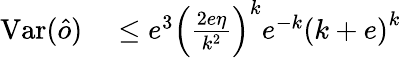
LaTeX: \begin{array}{rl}{\mathrm{Var}(\hat{o})}&{{}\leq e^{3}\left(\frac{2e\eta}{k^{2}}\right)^{k}e^{-k}\left(k+e\right)^{k}}\end{array}